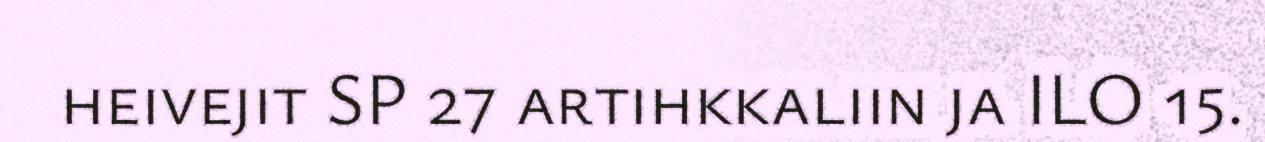
heivejit SP 27 artihkkaliin ja ILO 15.